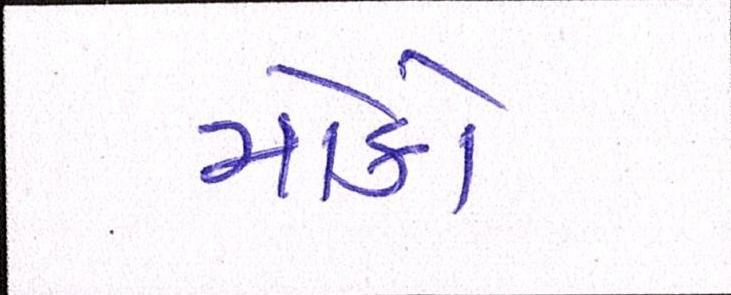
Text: મોકો